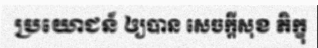
ប្រយោជន៍ ឲ្យបាន សេចក្តីសុខ ភិក្ខុ